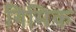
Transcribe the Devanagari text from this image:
गिमिक